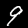
Digit: 9